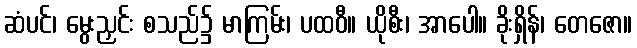
ဆံပင်၊ မွေးညှင်း စသည်၌ မာကြမ်း၊ ပထဝီ။ ယိုစီး၊ အာပေါ။ ခိုးရှိန်၊ တေဇော။